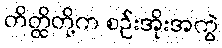
တိတ္ထိတို့က စဉ်းအိုးအကွဲ